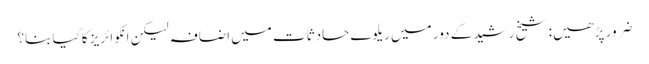
ضرور پڑھیں: شیخ رشید کے دور میں ریلوے حادثات میں اضافہ لیکن انکوائریز کاکیا بنا؟